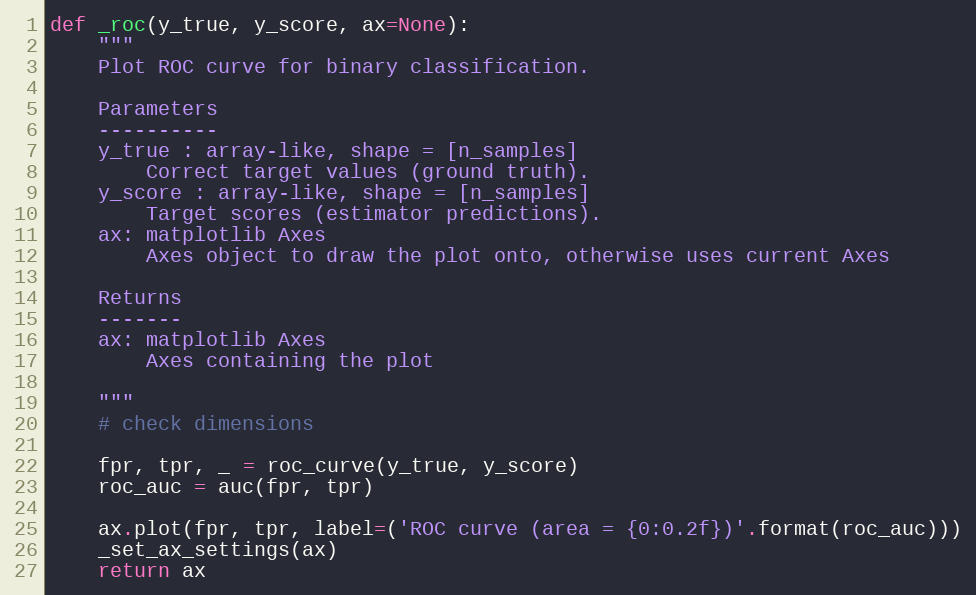
Language: Python
def _roc(y_true, y_score, ax=None):
    """
    Plot ROC curve for binary classification.

    Parameters
    ----------
    y_true : array-like, shape = [n_samples]
        Correct target values (ground truth).
    y_score : array-like, shape = [n_samples]
        Target scores (estimator predictions).
    ax: matplotlib Axes
        Axes object to draw the plot onto, otherwise uses current Axes

    Returns
    -------
    ax: matplotlib Axes
        Axes containing the plot

    """
    # check dimensions

    fpr, tpr, _ = roc_curve(y_true, y_score)
    roc_auc = auc(fpr, tpr)

    ax.plot(fpr, tpr, label=('ROC curve (area = {0:0.2f})'.format(roc_auc)))
    _set_ax_settings(ax)
    return ax